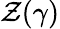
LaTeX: \mathcal{Z}(\gamma)